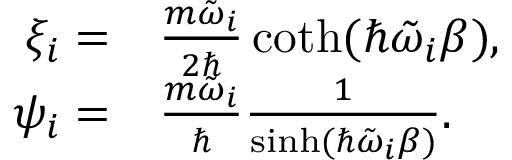
\begin{array} { r l } { \xi _ { i } = } & { { } \frac { m \tilde { \omega } _ { i } } { 2 \hbar } \coth ( \hbar \tilde { \omega } _ { i } \beta ) , } \\ { \psi _ { i } = } & { { } \frac { m \tilde { \omega } _ { i } } { \hbar } \frac { 1 } { \sinh ( \hbar \tilde { \omega } _ { i } \beta ) } . } \end{array}